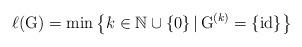
LaTeX: \begin{align*}\ell(\mathrm{G})=\min\big\{k\in\mathbb{N}\cup\{0\}\,\vert\, \mathrm{G}^{(k)}=\{\mathrm{id}\}\big\}\end{align*}